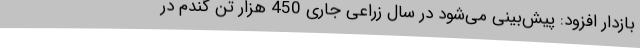
بازدار افزود: پیش‌بینی می‌شود در سال زراعی جاری 450 هزار تن گندم در